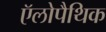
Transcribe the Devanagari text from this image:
ऍलोपैथिक